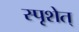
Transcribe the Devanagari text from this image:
स्पृशेत्